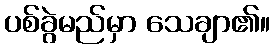
ပစ်ခွဲမည်မှာ သေချာ၏။